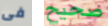
فى صحيح